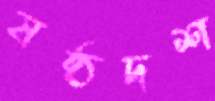
ষষ্ঠদশ